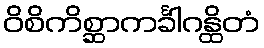
ဝိစိကိစ္ဆာကင်္ခါဂန္ထိတံ